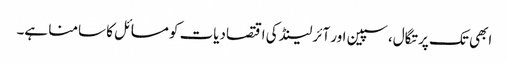
ابھی تک پرتگال، سپین اور آئرلینڈ کی اقتصادیات کو مسائل کا سامنا ہے۔